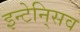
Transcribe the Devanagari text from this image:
इन्टेनि्सव